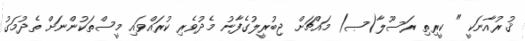
ޤުރުއާނަކީ " ކީރިތި ރަސޫލާ(ޞ) މައްޗަށް ޖިބުރީލުގެފާނު މެދުވެރި ކުރައްވައި މީސްތަކުންނަށް ތެދުމަގު